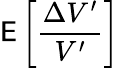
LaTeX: \mathsf{E}\left[\frac{\Delta V^{\prime}}{V^{\prime}}\right]